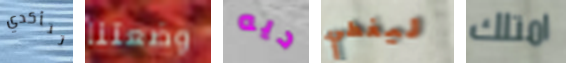
تتأكدي وضعتنا ديه ليغطي امتلك